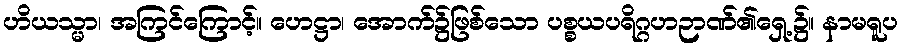
ဟိယသ္မာ၊ အကြင်ကြောင့်။ ဟေဋ္ဌာ၊ အောက်၌ဖြစ်သော ပစ္စယပရိဂ္ဂဟဉာဏ်၏ရှေ့၌။ နာမရူပ